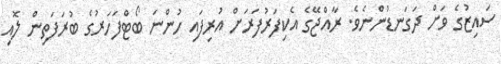
ސައިޒުގެ ވަށް ދަގަނޑުންނެވެ. ރާއްޖޭގެ އެކިފަރުފަރަށް އުރިފައި ހުންނަ ބޯޓްފަހަރުގެ ބުރަފަތިން ލޮއި